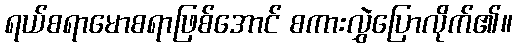
ရယ်စရာမောစရာဖြစ်အောင် စကားလွှဲပြောလိုက်၏။